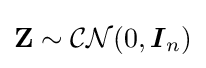
\mathbf {Z} \sim {\mathcal {CN}}(0,{\boldsymbol {I}}_{n})